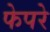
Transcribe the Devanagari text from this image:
फेपरे